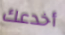
أخدعك